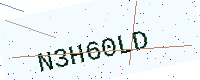
Text: N3H60LD